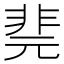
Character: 𩇲